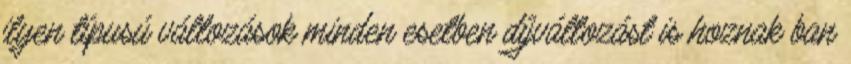
ilyen típusú változások minden esetben díjváltozást is hoznak ban